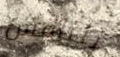
لنناقش